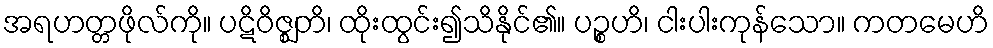
အရဟတ္တဖိုလ်ကို။ ပဋိဝိဇ္ဈတိ၊ ထိုးထွင်း၍သိနိုင်၏။ ပဉ္စဟိ၊ ငါးပါးကုန်သော။ ကတမေဟိ